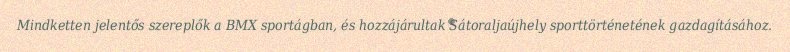
Mindketten jelentős szereplők a BMX sportágban, és hozzájárultak Sátoraljaújhely sporttörténetének gazdagításához.